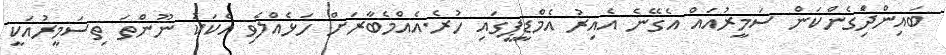
ބައިންދަެިގެންކަން ސަމީރުއައް އެގޭނެ އެއިރު އެމްޑީޕީގައި ހުރެ.އެއްމެބާރަށް ހަޅެއްލެވި އެކަކު ނޫންތަ ތިސަމީރުއަކީ